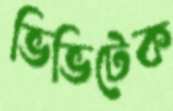
ভিভিটেক